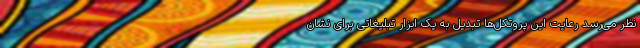
نظر می‌رسد رعایت این پروتکل‌ها تبدیل به یک ابزار تبلیغاتی برای نشان